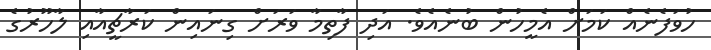
ހުވަފެނެއް ކަމަށް އެމީހުން ބުނެއެވެ. އަދި ފާތިމާ ވަރަށް ގިނައިން ކަރާޗީއާއި ލާހޫރުގެ